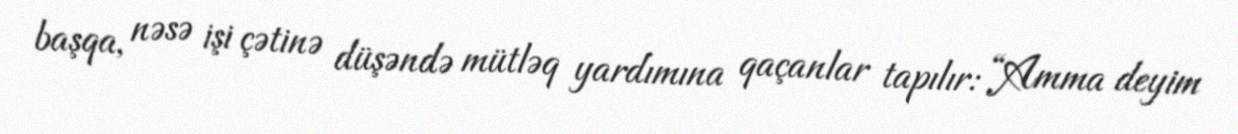
başqa, nəsə işi çətinə düşəndə mütləq yardımına qaçanlar tapılır: “Amma deyim